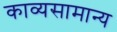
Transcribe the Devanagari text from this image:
काव्यसामान्य